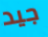
جيد